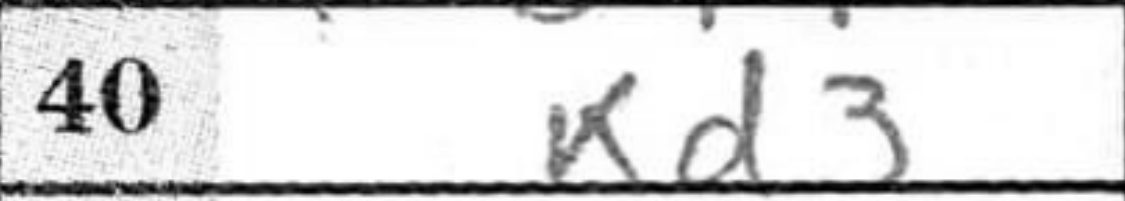
Transcription: Kd3